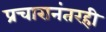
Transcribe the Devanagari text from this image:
प्रचारानंतरही